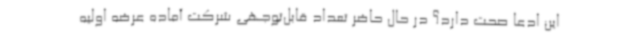
این ادعا صحت دارد؟ در حال حاضر تعداد قابل‌توجهی شرکت آماده عرضه اولیه